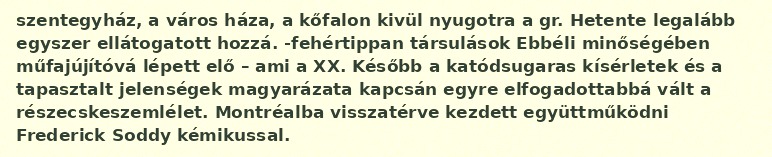
szentegyház, a város háza, a kőfalon kivül nyugotra a gr. Hetente legalább egyszer ellátogatott hozzá. -fehértippan társulások Ebbéli minőségében műfajújítóvá lépett elő – ami a XX. Később a katódsugaras kísérletek és a tapasztalt jelenségek magyarázata kapcsán egyre elfogadottabbá vált a részecskeszemlélet. Montréalba visszatérve kezdett együttműködni Frederick Soddy kémikussal.